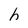
Character: h